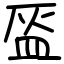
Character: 盔